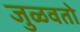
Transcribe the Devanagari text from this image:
जुळवतो